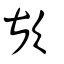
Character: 歁